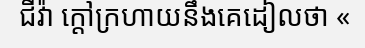
ជីវ៉ា ក្តៅក្រហាយនឹងគេដៀលថា «